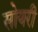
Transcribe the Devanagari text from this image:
सोयरी